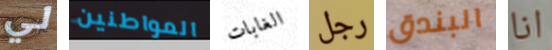
لي المواطنين الغابات رجل البندق انا